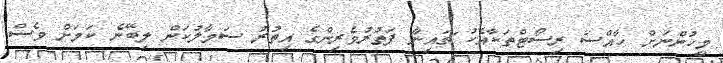
މީހުންނަށް ހާއްސަ ރިސޯޓްތަކާއެކު ޗައިނާ ފަތުރުވެރިންގެ އިތުރު ސަމާލުކަން ލިބޭނެ ކަމަށް ވެސް